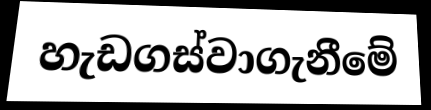
හැඩගස්වාගැනීමේ